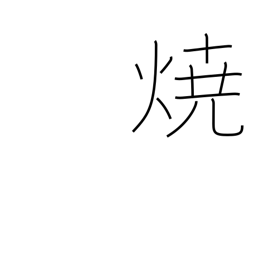
Meaning: burning